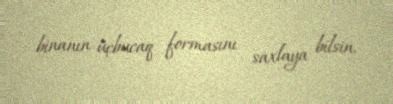
binanın üçbucaq formasını saxlaya bilsin.